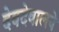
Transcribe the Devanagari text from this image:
देवदेवालये